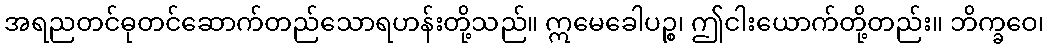
အရညတင်ဓုတင်ဆောက်တည်သောရဟန်းတို့သည်။ ဣမေခေါပဉ္စ၊ ဤငါးယောက်တို့တည်း။ ဘိက္ခဝေ၊